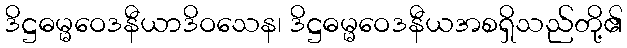
ဒိဋ္ဌဓမ္မဝေဒနီယာဒိဝသေန၊ ဒိဋ္ဌဓမ္မဝေဒနီယအစရှိသည်တို့၏